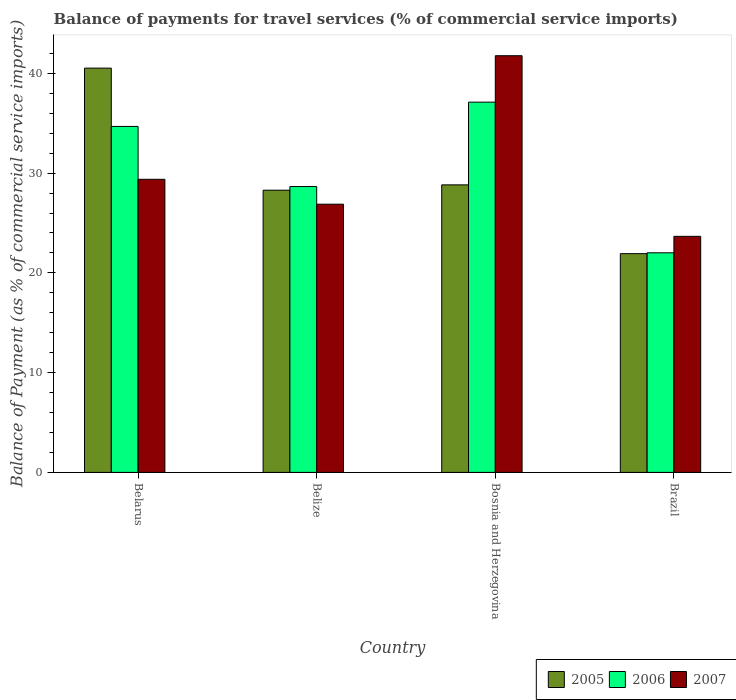
| Country | 2005 | 2006 | 2007 |
 | --- | --- | --- | --- |
 | Belarus | 40.5 | 34.7 | 29.4 |
 | Belize | 28.3 | 28.7 | 26.9 |
 | Bosnia and Herzegovina | 28.8 | 37.1 | 41.8 |
 | Brazil | 21.9 | 22 | 23.7 |